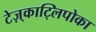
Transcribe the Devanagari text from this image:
टेज़्काट्लिपोका